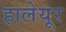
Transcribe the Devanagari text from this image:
हालेयूर